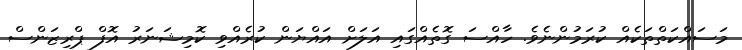
މަސައްކަތްތަކެއް ކުރަމުންނެވެ. ހާއްސަ ގޮތެއްގައި އަލަށް އައްޔަން ކުރެއްވި ކޮމިޝަނަރު އޮފް ޕްރިޒަންސް